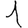
Digit: 1